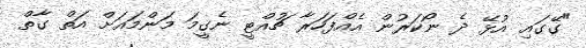
"ގޭގައި އުޅޭ ދެ ނޯކަރުން އެއްފަހަރާ ޗުއްޓީ ނެގީމަ މަންމައަށް އަތް ގާތް